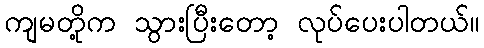
ကျမတို့က သွားပြီးတော့ လုပ်ပေးပါတယ်။